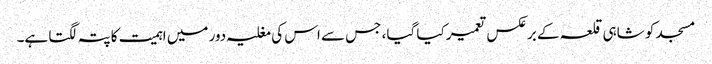
مسجد کو شاہی قلعہ کے برعکس تعمیر کیا گیا، جس سے اس کی مغلیہ دور میں اہمیت کا پتہ لگتا ہے۔